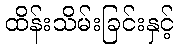
ထိန်းသိမ်းခြင်းနှင့်